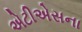
એટીએસના